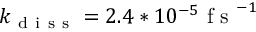
k _ { \mathrm { ~ d ~ i ~ s ~ s ~ } } = 2 . 4 * 1 0 ^ { - 5 } \mathrm { ~ f ~ s ~ } ^ { - 1 }